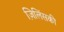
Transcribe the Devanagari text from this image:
ज़िलिंसकी